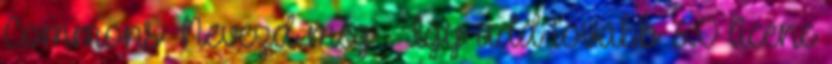
Commons Nevezd meg – Így add tovább 3.0 licenc